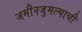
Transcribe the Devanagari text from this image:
जमीनजुमल्याची